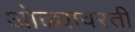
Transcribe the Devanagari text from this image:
ओढ्यावरती